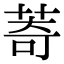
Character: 䓫